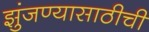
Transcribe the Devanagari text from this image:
झुंजण्यासाठीची